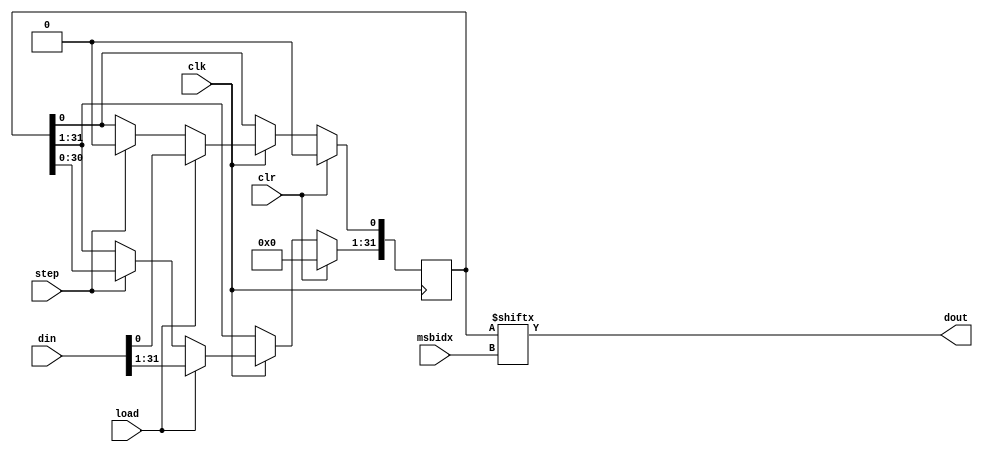
/**
 * Quantizer/Serializer
 *
 * An all-in-one quantizer and serializer!
 *
 */

`timescale 1ns/1ps

module quantser #(
    parameter BWIN      = 32,                       // Input data bit depth
    parameter BWMSBIDX  = $clog2(BWIN)              // Bitwidth of the MSB index position port
)
(
    input   wire                        clk,        // Clock
    input   wire                        clr,        // Clears the state and output reg
    input   wire  [   BWMSBIDX-1 : 0]   msbidx,     // Bit position of MSB in input
    input   wire                        load,       // Load the serializer from din
    input   wire                        step,       // Step serializing output
    input   wire  [       BWIN-1 : 0]   din,        // Input data
    output  wire                        dout        // Serialized output
);


// Internal registers
reg             [    BWIN-1 : 0]    sr;         // Shift register


// Shift register
always @(posedge clk) begin
    if (clr) begin
        sr <= 0;
    end else if (clk) begin
		if (load) begin
            sr <= din;
        end else if (step) begin
            sr <= sr << 1;
            sr[0] <= 1'b0;
        end       
    end 
end


/* Serialized Output */
assign dout = sr[msbidx];


/* Module end */
endmodule